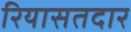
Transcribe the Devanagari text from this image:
रियासतदार